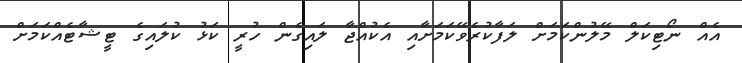
އެއް ނޯޓިކަލް މޭލުންކަމަށް ލަފާކުރެވޭކަމަށާއި އެކުއްޖާ ލައިގެން ހުރީ ކަޅު ކުލައިގެ ޓީޝާޓެއްކަމަށް